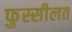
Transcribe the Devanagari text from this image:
फुस्सीलत